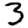
Digit: 3